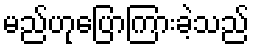
မည်ဟုပြောကြားခဲ့သည်